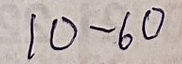
10 - 60